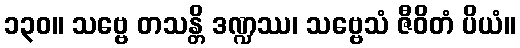
၁၃၀။ သဗ္ဗေ တသန္တိ ဒဏ္ဍဿ၊ သဗ္ဗေသံ ဇီဝိတံ ပိယံ။